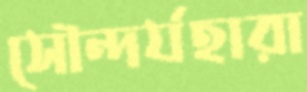
সৌন্দর্যহারা